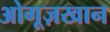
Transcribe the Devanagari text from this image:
ओगूज़खान